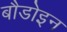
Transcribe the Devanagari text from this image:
बौडोइन